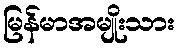
မြန်မာအမျိုးသား